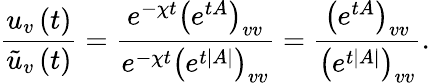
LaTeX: \frac{u_{v}\left(t\right)}{\tilde{u}_{v}\left(t\right)}=\frac{e^{-\chi t}\left(e^{tA}\right)_{vv}}{e^{-\chi t}\left(e^{t\left|A\right|}\right)_{vv}}=\frac{\left(e^{tA}\right)_{vv}}{\left(e^{t\left|A\right|}\right)_{vv}}.